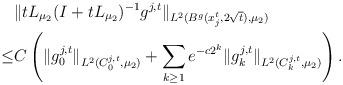
LaTeX: \begin{align*}&\|tL_{\mu_2}(I+tL_{\mu_2})^{-1}g^{j,t}\|_{L^2(B^g(x^t_j,2 \sqrt{t}), \mu_2) }\\\leq&C \left( \|g_0^{j,t}\|_{L^2(C^{j,t}_0, \mu_2) } +\sum_{k\geq 1} e^{-c 2^k} \|g_k^{j,t}\|_{L^2(C^{j,t}_k, \mu_2) }\right ).\\\end{align*}